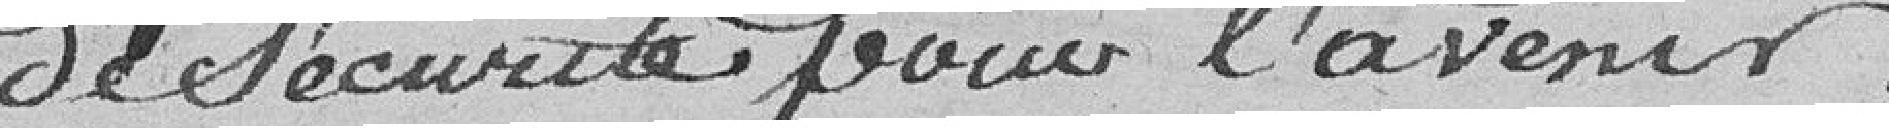
de sécurité pour l'avenir